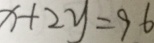
x + 2 y = 9 6